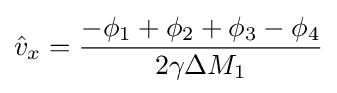
{\hat {v}}_{x}={\frac {-\phi _{1}+\phi _{2}+\phi _{3}-\phi _{4}}{2\gamma \Delta M_{1}}}